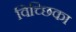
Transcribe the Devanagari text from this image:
विच्छिका